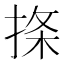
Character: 𪮅